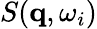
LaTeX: S(\mathbf{q},\omega_{i})